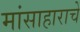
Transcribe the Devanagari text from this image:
मांसाहाराचे